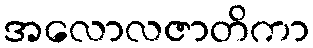
အလောလဇာတိကာ